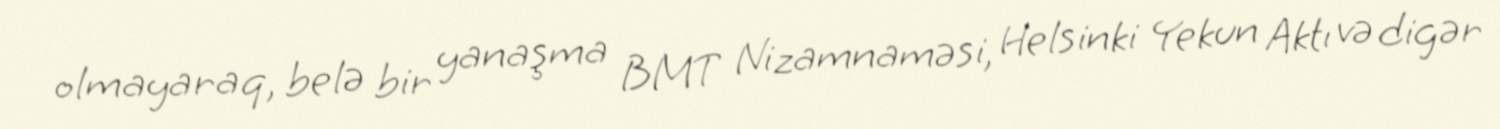
olmayaraq, belə bir yanaşma BMT Nizamnaməsi, Helsinki Yekun Aktı və digər